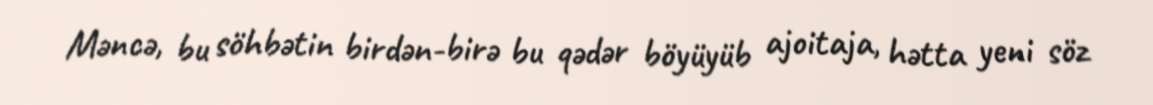
Məncə, bu söhbətin birdən-birə bu qədər böyüyüb ajoitaja, hətta yeni söz